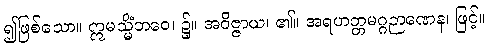
၍ဖြစ်သော။ ဣမသ္မိံဘဝေ၊ ၌။ အဝိဇ္ဇာယ၊ ၏။ အရဟတ္တမဂ္ဂဉာဏေန၊ ဖြင့်။